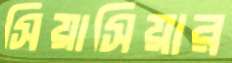
সিয়াসিয়ার